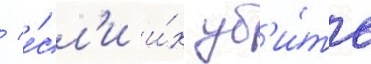
/ е́сл'и и́х уб'и́ть